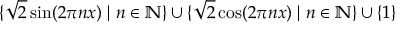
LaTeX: \{ { \sqrt { 2 } } \sin ( 2 \pi n x ) \; | \; n \in \mathbb { N } \} \cup \{ { \sqrt { 2 } } \cos ( 2 \pi n x ) \; | \; n \in \mathbb { N } \} \cup \{ 1 \}